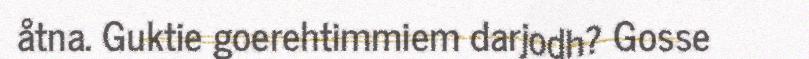
åtna. Guktie goerehtimmiem darjodh? Gosse